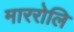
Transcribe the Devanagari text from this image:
माररोलि